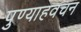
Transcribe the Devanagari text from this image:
पुण्याहवचन